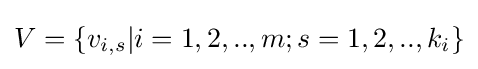
V=\{v_{i,s}|i=1,2,..,m;s=1,2,..,k_{i}\}